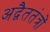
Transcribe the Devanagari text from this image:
अद्वैततंत्रों